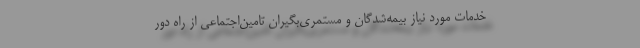
خدمات مورد نیاز بیمه‌شدگان و مستمری‌بگیران تامین‌اجتماعی از راه دور